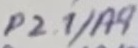
Text: P2.1/A9